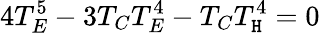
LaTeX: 4T_{E}^{5}-3T_{C}T_{E}^{4}-T_{C}T_{\mathtt{H}}^{4}=0